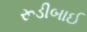
રૂડીબાઈ